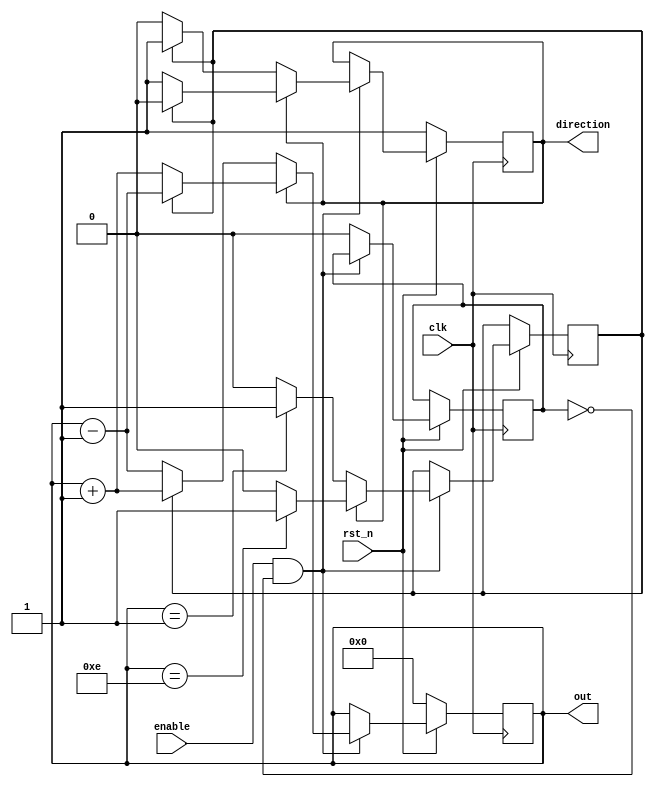
`timescale 1ns/1ps

module Ping_Pong_Counter (clk, rst_n, enable, direction, out);
    input clk, rst_n;
    input enable;
    output direction;
    output [4-1:0] out;
    
    reg[3:0] counter = 4'd0;
    reg dir = 1'd1;
    reg flip = 1'b0;
    reg justreset = 1'd0;
    assign direction = dir;
    assign out = counter;
    always@(posedge clk) begin
        if (rst_n == 1'b0) begin
            counter <= 4'd0;
            dir <= 1'd1;
            //justreset <= 1'd1;
        end else begin
        
            if ((enable == 1'b1) && (justreset == 1'd0)) begin
                if (dir == 1'd1) begin
                    if  (flip == 1'b1) begin
                        counter <= counter - 4'd1;
                        dir <= 1'b0;
                        flip <= 1'b0;
                    end else begin
                        counter <= counter + 4'd1;
                    end
                    
                    if (counter == 4'b1110) begin
                        //dir <= 1'd0;
                        flip <= 1'b1;
                    end
                end else begin
                    if (flip == 1'b1) begin
                        counter <= counter + 4'd1;
                        dir <= 1'b1;
                        flip <= 1'b0;
                    end else begin
                        counter <= counter - 4'd1;
                    end
                    if (counter == 4'b0001) begin
                        //dir <= 1'd1;
                        flip <= 1'b1;
                    end

                end
            end else begin
                counter <= counter;
                dir <= dir;
                justreset <= 1'd0;
            end
        end
    
    end
endmodule